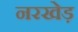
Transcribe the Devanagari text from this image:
नरखेड़